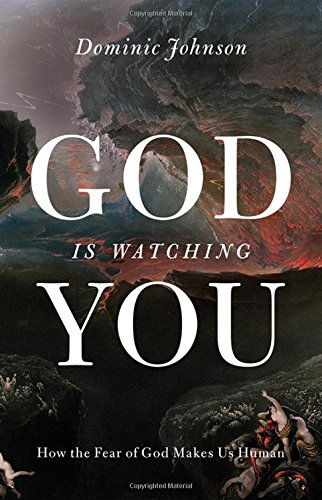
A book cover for God Is Watching You: How the Fear of God Makes Us Human; Dominic Johnson; Religion & Spirituality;